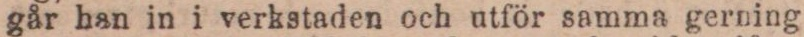
går han in i verkstaden och utför samma gerning